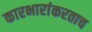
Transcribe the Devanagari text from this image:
कारभारांकरताच